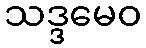
သဒ္ဒမေဝ